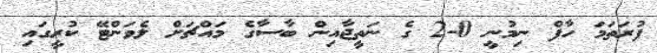
ފުރަތަމަ ހާފް ނިމުނީ 0-2 ގެ ނަތީޖާއިން ބާސާގެ މައްޗަށް ލެވަންޓޭ ކުރީގައި